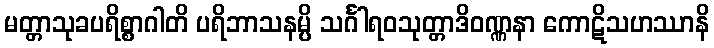
မတ္တာသုခပရိစ္စာဂါတိ ပရိဘာသနမ္ပိ သင်္ဂါရဝသုတ္တာဒိဝဏ္ဏနာ ကောဋိသဟဿာနိ